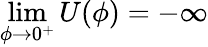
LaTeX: \operatorname*{lim}_{\phi\to 0^{+}}U(\phi)=-\infty